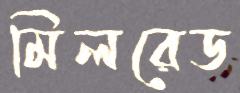
মিলরেড